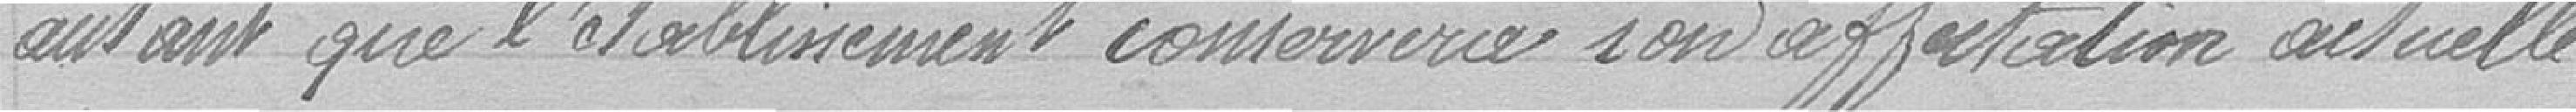
autant que l'établissement conservera sont affectation actuelle.